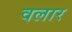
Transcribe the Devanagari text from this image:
वलार